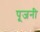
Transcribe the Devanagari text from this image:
पूजनी